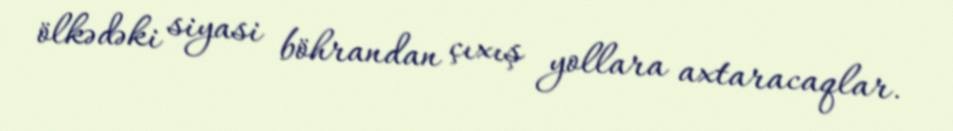
ölkədəki siyasi böhrandan çıxış yollara axtaracaqlar.